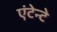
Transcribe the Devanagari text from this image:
एंटेन्टे